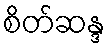
စိတ်ဆန္ဒ